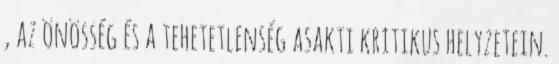
, az önösség és a tehetetlenség asakti kritikus helyzetein.